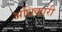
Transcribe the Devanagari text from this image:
अधिकारी